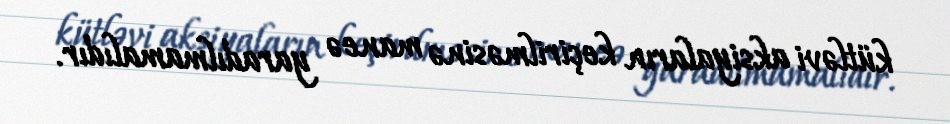
kütləvi aksiyaların keçirilməsinə maneə yaradılmamalıdır.